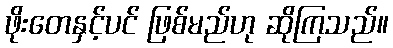
ဖိုးတေနှင့်ပင် ဖြစ်မည်ဟု ဆိုကြသည်။